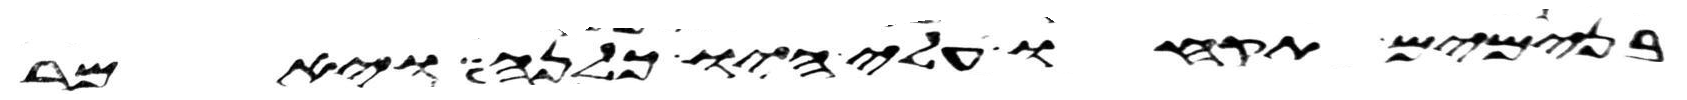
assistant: בנימים תקחו עלי היו כלנה ויאמר